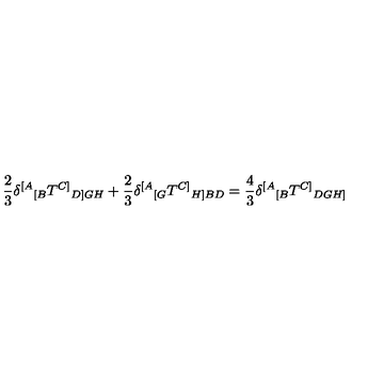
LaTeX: { \frac { 2 } { 3 } } \delta ^ { [ A } { } _ { [ B } T ^ { C ] } { } _ { D ] G H } + { \frac { 2 } { 3 } } \delta ^ { [ A } { } _ { [ G } T ^ { C ] } { } _ { H ] B D } = \frac { 4 } { 3 } \delta ^ { [ A } { } _ { [ B } T ^ { C ] } { } _ { D G H ] }